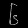
Digit: ၆